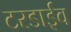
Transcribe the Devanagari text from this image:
टरडाईव